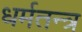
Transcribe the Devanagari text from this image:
धर्मतन्त्र